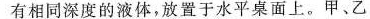
有相同深度的液体，放置于水平桌面上。甲、乙